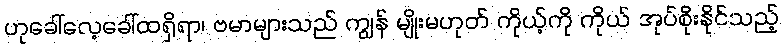
ဟုခေါ်လေ့ခေါ်ထရှိရာ၊ ဗမာများသည် ကျွန် မျိုးမဟုတ် ကိုယ့်ကို ကိုယ် အုပ်စိုးနိုင်သည့်